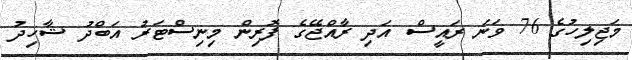
މަޖިލިހުގެ 76 ވަނަ ރައީސް އަދި ރާއްޖޭގެ ފޮރިން މިނިސްޓަރު އަބްދު ޝާހިދު